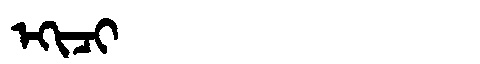
Manchu: ᡝᡴᡳᠴᡳ
Romanization: EKICI